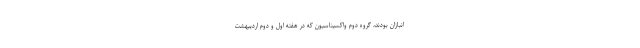
انبازان بودند، گروه دوم واکسیناسیون که در هفتهٔ اول و دوم اردیبهشت